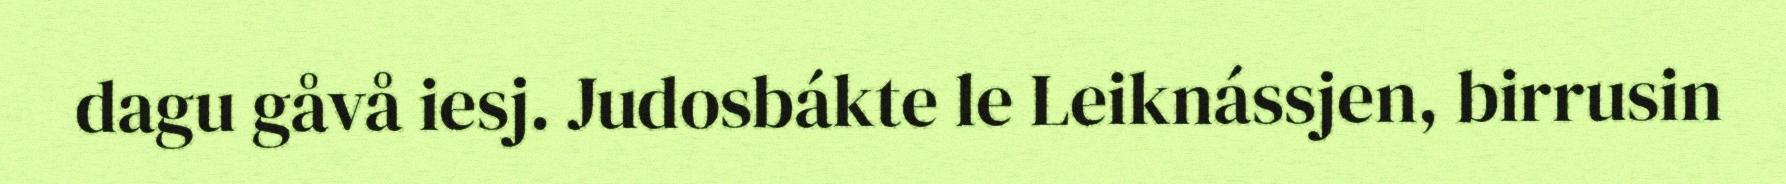
dagu gåvå iesj. Judosbákte le Leiknássjen, birrusin